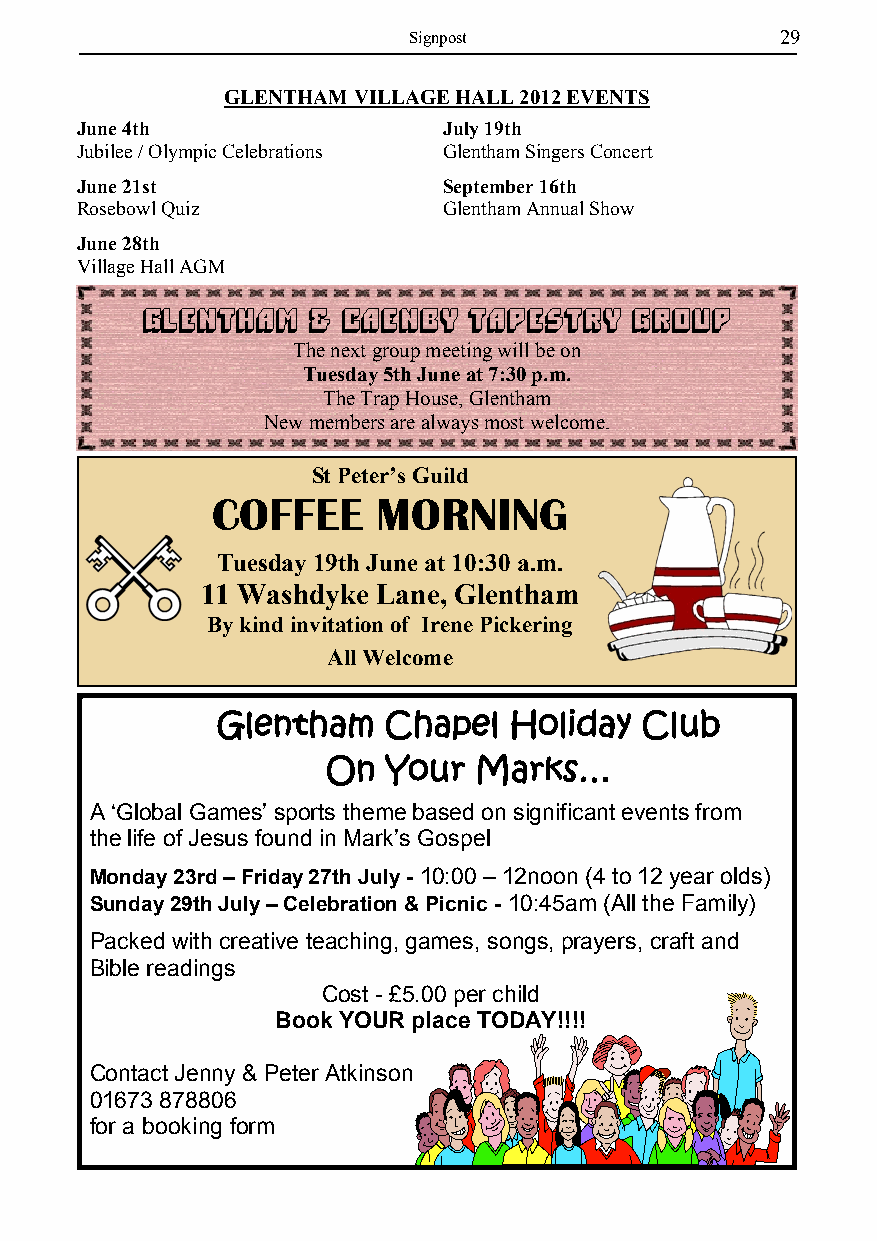
Signpost                 29
 GLENTHAM VILLAGE HALL 2012 EVENTS
 June 4th                July 19th
 Jubilee / Olympic Celebrations Glentham Singers Concert
 June 21st               September 16th
 Rosebowl Quiz           Glentham Annual Show
 June 28th
 Village Hall AGM
 Glentham    & Caenby  Tapestry   Group
 The next group meeting will be on
 Tuesday 5th June at 7:30 p.m.
 The Trap House, Glentham
 New members are always most welcome.
 St Peter’s Guild
 COFFEE     MORNING
 Tuesday 19th June at 10:30 a.m.
 11 Washdyke Lane, Glentham
 By kind invitation of Irene Pickering
 All Welcome
 Glentham   Chapel   Holiday Club
 On  Your Marks…
 A ‘Global Games’ sports theme based on significant events from
 the life of Jesus found in Mark’s Gospel
 Monday 23rd – Friday 27th July- 10:00 – 12noon (4 to 12 year olds)
 Sunday 29th July – Celebration & Picnic - 10:45am (All the Family)
 Packed with creative teaching, games, songs, prayers, craft and
 Bible readings
 Cost - £5.00 per child
 Book YOUR place TODAY!!!!
 Contact Jenny & Peter Atkinson
 01673 878806
 for a booking form